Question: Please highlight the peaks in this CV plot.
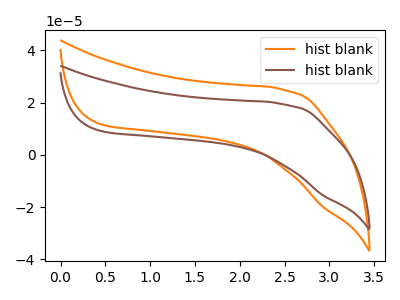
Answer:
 <answer>The orange curve "hist blank1" has no peaks. The brown curve "hist blank2" has no peaks.</answer>
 <eval></eval>